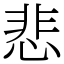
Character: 悲